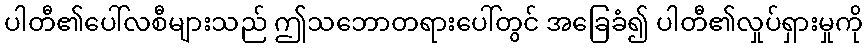
ပါတီ၏ပေါ်လစီများသည် ဤသဘောတရားပေါ်တွင် အခြေခံ၍ ပါတီ၏လှုပ်ရှားမှုကို